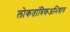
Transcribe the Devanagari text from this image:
लोकतांत्रिकअभियान